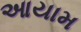
આયામ